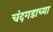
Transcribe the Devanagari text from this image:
चंदगडाच्या